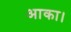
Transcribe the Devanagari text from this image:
आका।